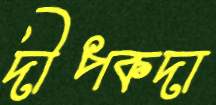
দীপকদা